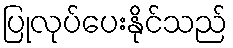
ပြုလုပ်ပေးနိုင်သည်